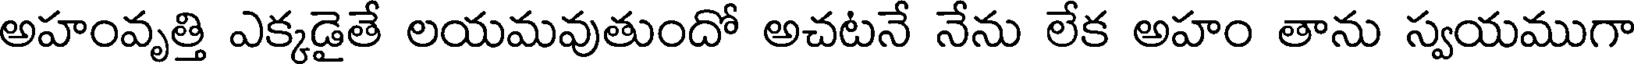
అహంవృత్తి ఎక్కడైతే లయమవుతుందో అచటనే నేను లేక అహం తాను స్వయముగా